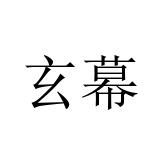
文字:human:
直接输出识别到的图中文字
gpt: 玄幕